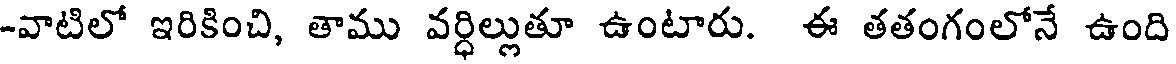
-వాటిలో ఇరికించి, తాము వర్ధిల్లుతూ ఉంటారు. ఈ తతంగంలోనే ఉంది